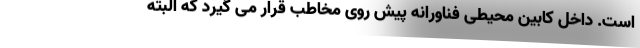
است. داخل کابین محیطی فناورانه پیش روی مخاطب قرار می گیرد که البته